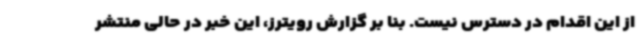
از این اقدام در دسترس نیست. بنا بر گزارش رویترز، این خبر در حالی منتشر